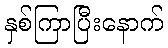
နှစ်ကြာပြီးနောက်